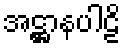
အဋ္ဌာနပါဠိ